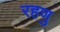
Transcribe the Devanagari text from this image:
रहणु